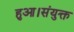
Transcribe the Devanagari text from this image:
हुआ।संयुक्त